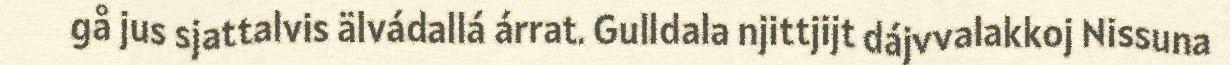
gå jus sjattalvis älvádallá árrat. Gulldala njittjijt dájvvalakkoj Nissuna